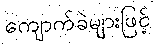
ကျောက်ခဲများဖြင့်